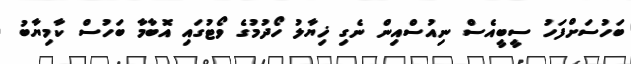
ބަހުސަށްފަހު ސީބީއެސް ނިއުސްއިން ނެގި ޚިޔާލު ހޯދުމުގެ ވޯޓުގައި އޮބާމާ ބަހުސް ކާމިޔާބު